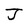
Character: J